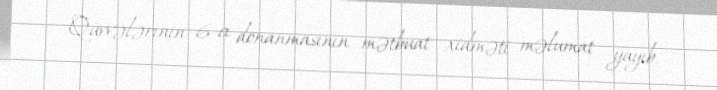
Qüvvələrinin 6-cı donanmasının mətbuat xidməti məlumat yayıb.